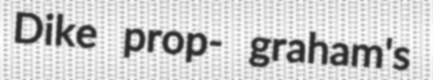
Dike prop- graham's